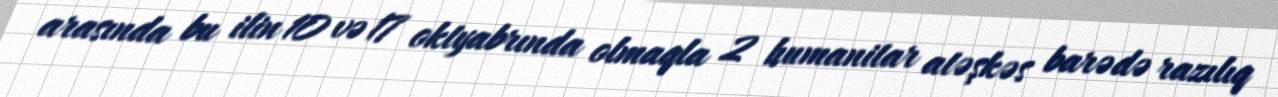
arasında bu ilin 10 və 17 oktyabrında olmaqla 2 humanitar atəşkəs barədə razılıq